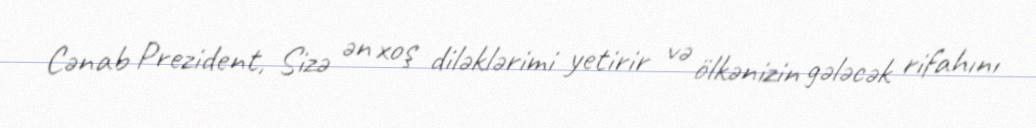
Cənab Prezident, Sizə ən xoş diləklərimi yetirir və ölkənizin gələcək rifahını